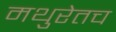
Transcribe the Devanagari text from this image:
मथुरेतच